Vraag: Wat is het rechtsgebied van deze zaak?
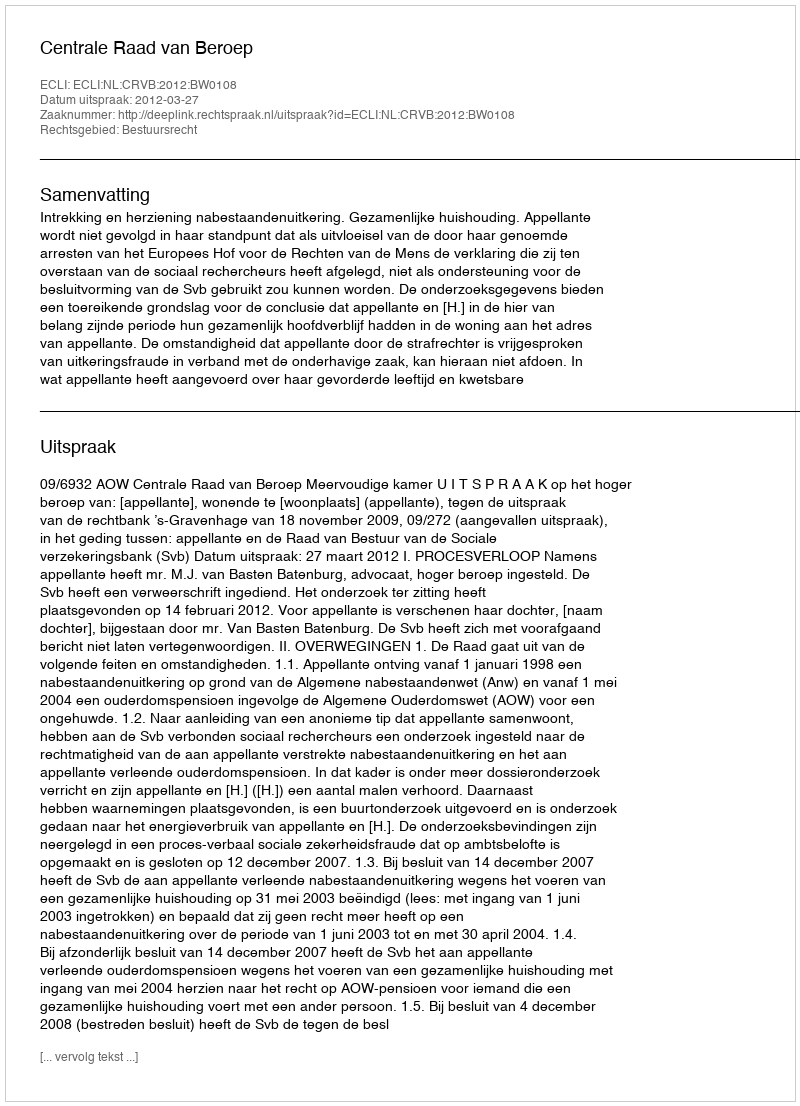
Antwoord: Bestuursrecht